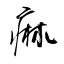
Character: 痲